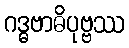
ဂဒ္ဓဗာဓိပုဗ္ဗဿ